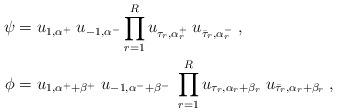
LaTeX: \begin{align*}\psi &= u_{1,\alpha^+}\; u_{-1,\alpha^-}\prod_{r=1}^R u_{\tau_r,\alpha^+_r}\; u_{\bar{\tau}_r,\alpha^-_r}\;,\\\phi &= u_{1,\alpha^++\beta^+} \; u_{-1,\alpha^-+\beta^-}\;\prod_{r=1}^R u_{\tau_r,\alpha_r+\beta_r}\; u_{\bar{\tau}_r,\alpha_r+\beta_r}\;,\end{align*}